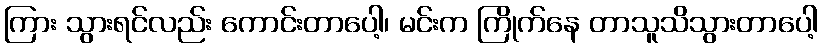
ကြား သွားရင်လည်း ကောင်းတာပေါ့၊ မင်းက ကြိုက်နေ တာသူသိသွားတာပေါ့